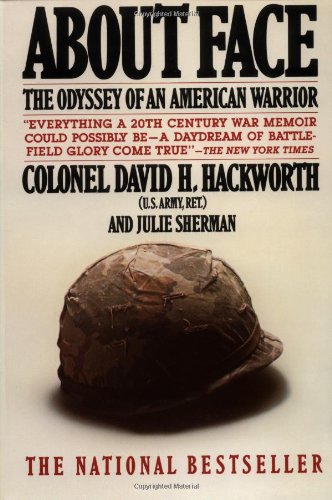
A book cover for About Face: The Odyssey of an American Warrior; Colonel David H. Hackworth; History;